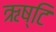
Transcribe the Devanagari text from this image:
ऋष्टि